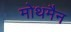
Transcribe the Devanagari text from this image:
मोथमैन